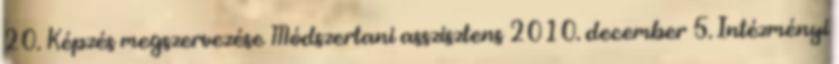
20. Képzés megszervezése Módszertani asszisztens 2010. december 5. Intézményi